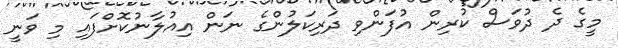
މީގެ ދެ ދުވަސް ކުރިން އުފަންވި ދަރިކަލުންގެ ނަން އިއުލާނުކޮށްފައި މި ވަނީ